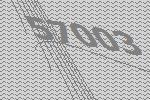
57003